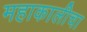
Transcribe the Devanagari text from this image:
महाकालीचा